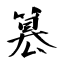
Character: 篡